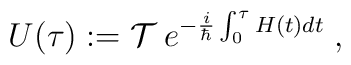
U(\tau):={\cal T}\:e^{-\frac{i}{\hbar}\int_0^\tau H(t)dt}\;,